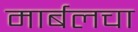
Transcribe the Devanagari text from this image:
मार्बलचा